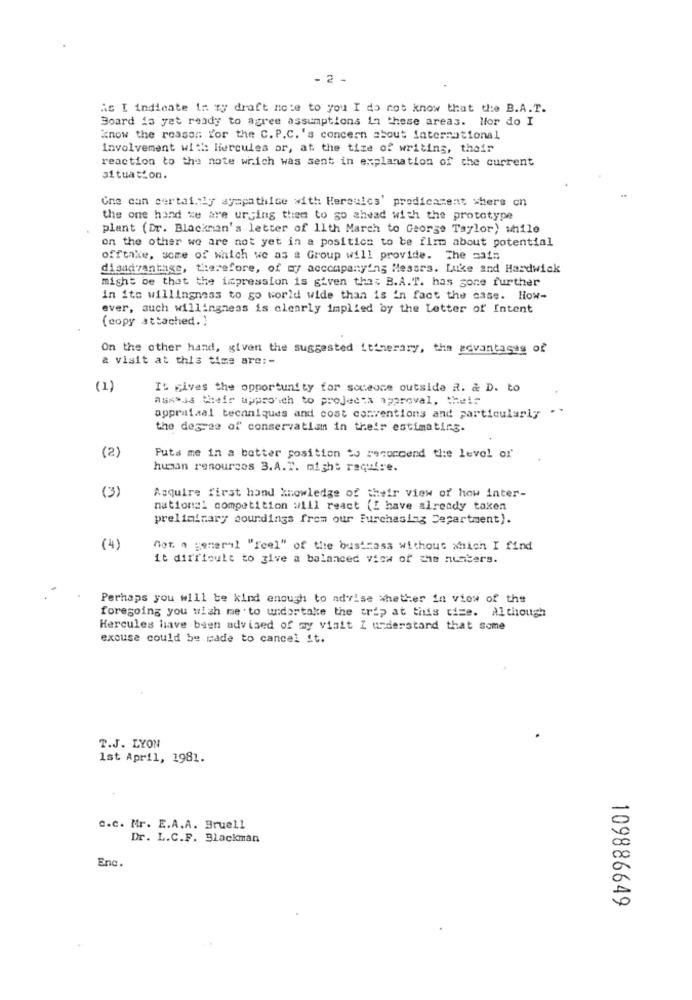
- 2 -
As [ indicate in zy draft note to you I do not know that the B.A.T.
Board is yet ready to agree assumptions in these areas. Hor do I
know the reason for the C. P.C. 's concern about international
Involvement with Hercules or, at the time of writing, their
reaction to the note which was sent in explanation of the current
situation.
Gne can certainly sympathise with Hereulcs' predicament thers cn
the one hand ve are urging them to go ahead with the prototype
plant (Dr. Blackman's letter of 11th March to George Taylor) while
on the other we are not yet in a position to be firm about potential
offtake, some of which we as a Group will provide. The sais
disadvantage, therefore, of my accompanying Messrs. Luke and Hardwick
might be thet the impression is given that B.A.T. has gone further
in ito willingness to go world wide than is in fact the case. How-
ever, auch willingness is clearly implied by the Letter of Intent
(copy attached.)
On the other hand, given the suggested itinerary, the advantages of
& visit at this time are :-
It gives the opportunity for someone outside R. & D. to
asssss their uppro ich to projecta mpareval, thets
appraisal techniques and cost conventions and particularly
the degree of conservatism in their estimating.
(2)
Puta me in a better position to recorcend the level or
human resources B.A.T. might require.
(3)
Acquire first hand knowledge of their view of how inter-
national competition will react (I have already taken
preliminary soundings from our Purchasing Department).
(4)
Got a general "feel" of the business without which I find
it difficult to give a balanced view of the numbers.
Perhaps you will be kind enough to advise whether in view of the
foregoing you wish me to undortake the trip at this time. Although
Hercules have bien advised of my visit I understand that some
excuse could be made to cancel it.
T.J. LYON
Ist April, 1981.
c.c. Mr. E.A.A. Bruell
Dr. L.C.F. Blackman
Enc.
109886649